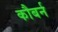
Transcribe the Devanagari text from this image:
कौबर्न